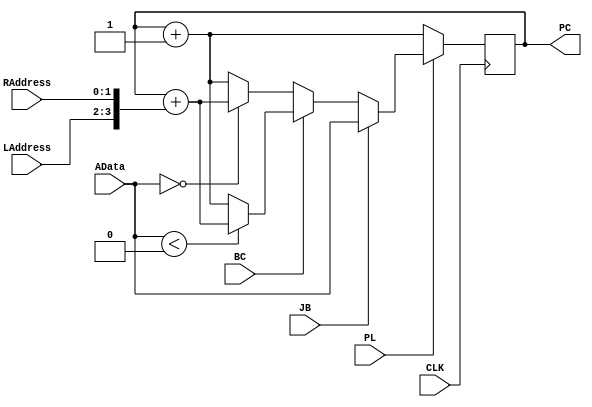
module Program_Counter(CLK, PL, JB, BC, LAddress, RAddress, AData, PC);
input CLK, PL, JB, BC;
input [1:0] LAddress, RAddress;
input [3:0] AData;
output [3:0] PC;

// write your code for reading/writing
reg [3:0] PC;
initial begin 
	PC = 4'b0000;
end
always @(posedge CLK) begin
	// if(PL==0) PC = PC+1;
	// else if(JB) PC = AData;
	// if(BC) begin
	// 	if(AData[3]) PC = PC+{LAddress,RAddress};
	// 	else PC = PC+1;
	// end
	// if(BC==0) begin
	// 	if(AData == 4'b0000) PC = PC+{LAddress,RAddress};
	// 	else PC = PC+1;
	// end
	if(PL==0) PC = PC+1;
	else begin
		if(JB) PC = AData;
		else begin
			if(BC) begin
				if(AData<0) PC = PC+{LAddress,RAddress};
				else PC = PC+1;
			end
			else begin
				if(AData == 4'b0000) PC = PC+{LAddress,RAddress};
				else PC = PC+1;
			end
		end
	end
end
endmodule